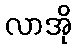
လာအို